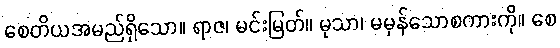
စေတိယအမည်ရှိသော။ ရာဇ၊ မင်းမြတ်။ မုသာ၊ မမှန်သောစကားကို။ စေ